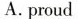
A. proud